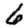
Digit: 6